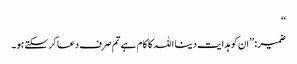
‘‘
ضمیر: ’’ان کو ہدایت دینا اللہ کا کام ہے تم صرف دعا کرسکتے ہو۔